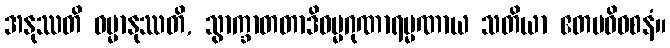
အနုဿတိ ဓမ္မာနုဿတိ, သွာက္ခာတတာဒိဓမ္မဂုဏာရမ္မဏာယ သတိယာ ဧတမဓိဝစနံ။